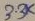
Text: 3.3K